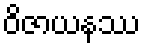
ဝိဇာယနဿ